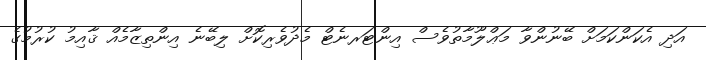
އަދި އެކަންކަމަށް ބޭނުންވާ މަޢްލޫމާތުވެސް އިންޓަރނެޓް މެދުވެރިކޮށް ލިބޭނެ އިންތިޒާމެއް ޤާއިމު ކުރުމުގެ